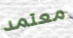
معتمد